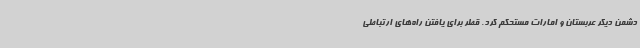
دشمن دیگر عربستان و امارات مستحکم کرد. قطر برای یافتن راه‌های ارتباطی